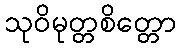
သုဝိမုတ္တစိတ္တော